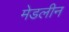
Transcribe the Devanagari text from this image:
मेडलीन